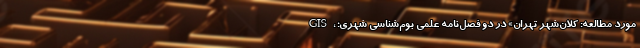
GIS، مورد مطالعه: کلان‌شهر تهران» در دو فصل‌نامه علمی بوم‌شناسی شهری؛